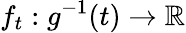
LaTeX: f_{t}:g^{-1}(t)\to\mathbb{R}